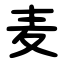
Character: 麦